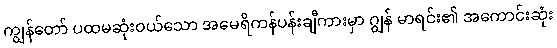
ကျွန်တော် ပထမဆုံးဝယ်သော အမေရိကန်ပန်းချီကားမှာ ဂျွန် မာရင်း၏ အကောင်းဆုံး